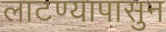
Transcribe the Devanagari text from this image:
लाटण्यापासुन